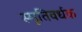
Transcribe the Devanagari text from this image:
स्मृतिवर्धक